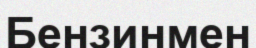
Бензинмен